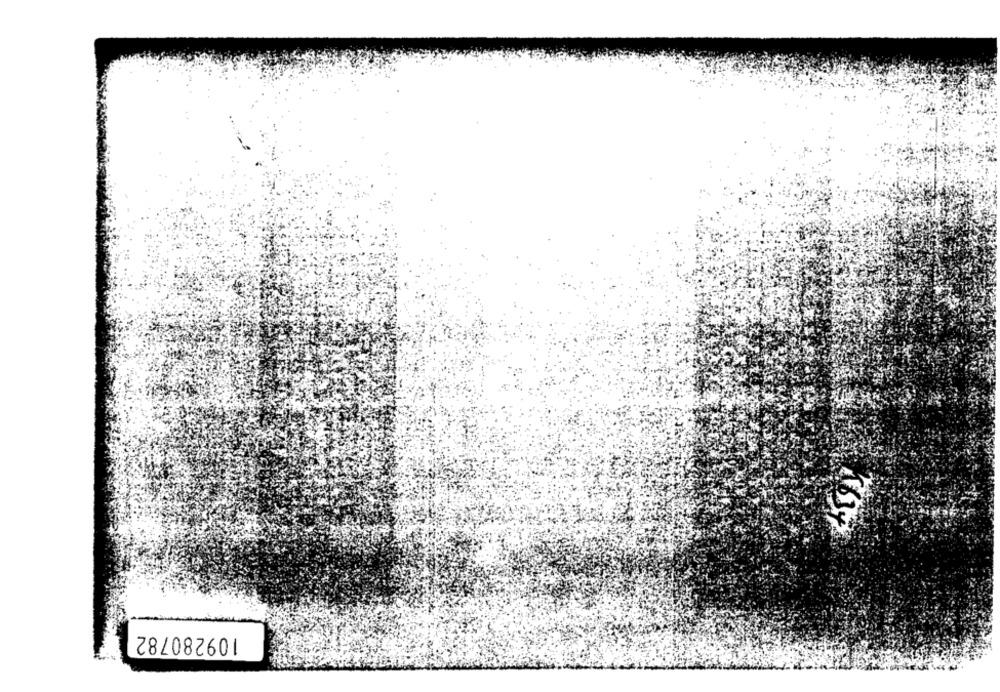
(637
109280782